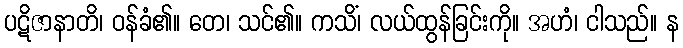
ပဋိဇာနာတိ၊ ဝန်ခံ၏။ တေ၊ သင်၏။ ကသိံ၊ လယ်ထွန်ခြင်းကို။ အဟံ၊ ငါသည်။ န